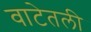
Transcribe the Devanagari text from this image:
वाटेतली